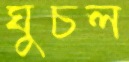
ঘুচল